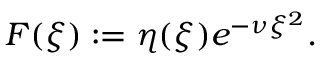
F ( \xi ) : = \eta ( \xi ) e ^ { - \nu \xi ^ { 2 } } .